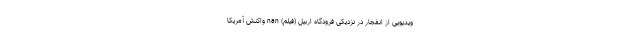
ویدیویی از انفجار در نزدیکی فرودگاه اربیل (فیلم) nan واکنش آمریکا